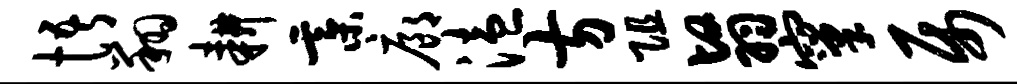
悟翔耕綦廊溘方阻翳窠属